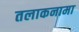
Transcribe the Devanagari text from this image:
तलाकनामा